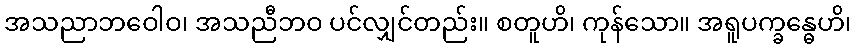
အသညာဘဝေါဝ၊ အသညီဘဝ ပင်လျှင်တည်း။ စတူဟိ၊ ကုန်သော။ အရူပက္ခန္ဓေဟိ၊